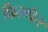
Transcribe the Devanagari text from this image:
फिल्म्फैर